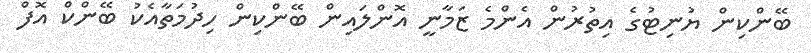
ބޭންކިން ޔުނިޓުގެ އިތުރުން އެންމެ ޒަމާނީ އޮންލައިން ބޭންކިން ހިދުމަތާއެކު ބޭންކް އޮފް